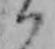
ハ